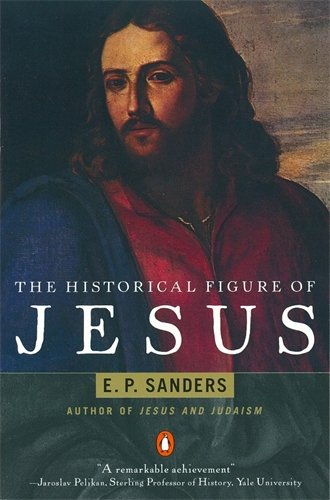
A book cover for The Historical Figure of Jesus; E. P. Sanders; Christian Books & Bibles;